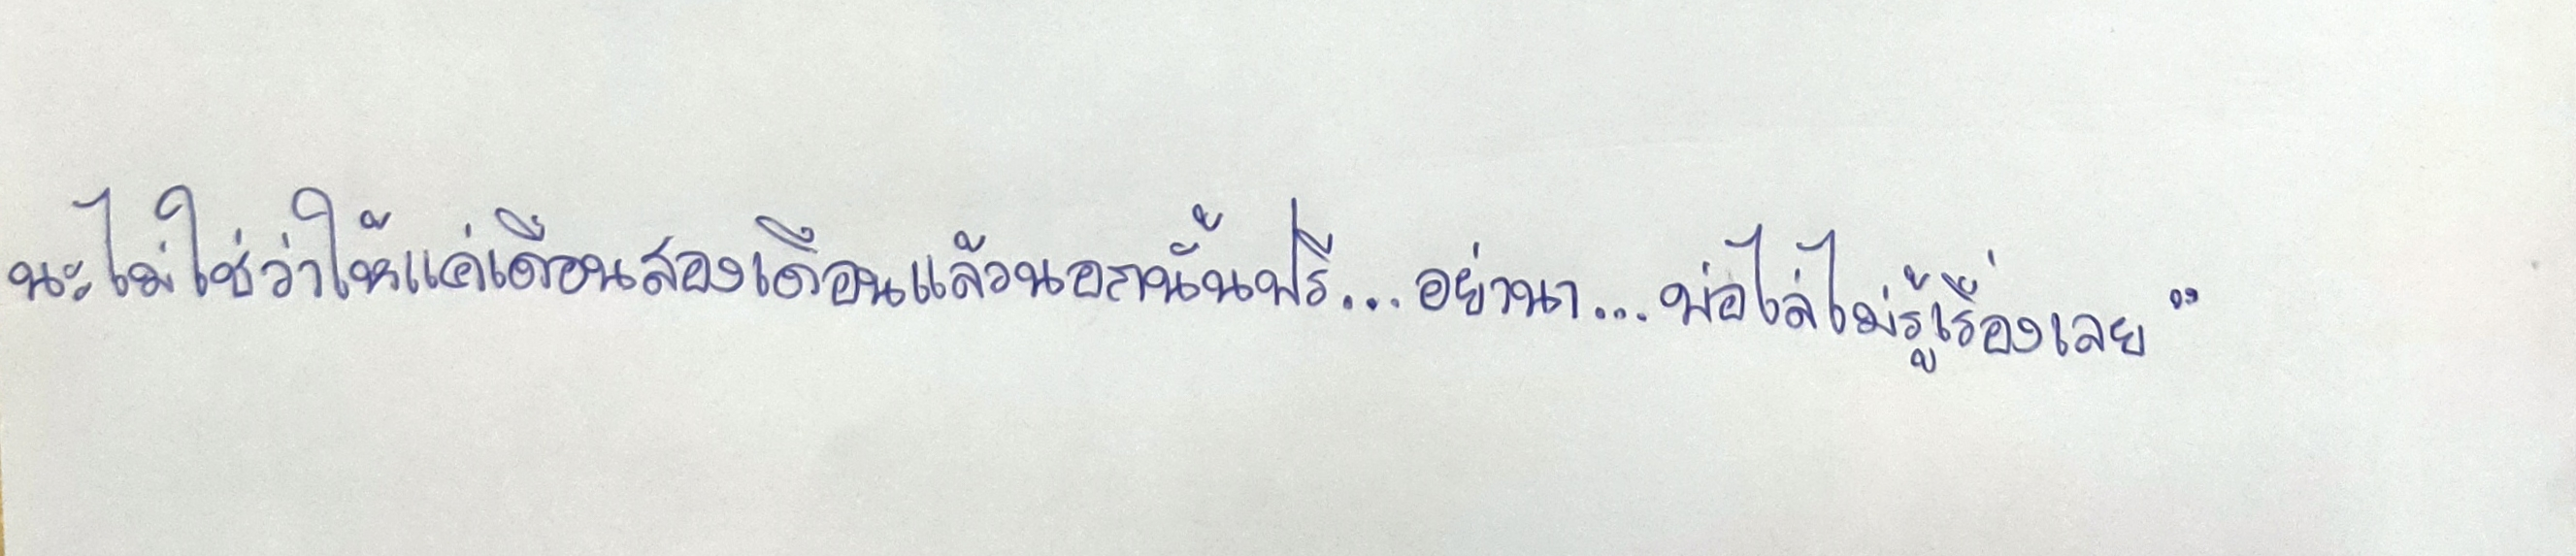
นะไม่ใช่ว่าให้แค่เดือนสองเดือนแล้วนอกนั้นฟรี...อย่านา...พ่อไล่ไม่รู้เรื่องเลย"